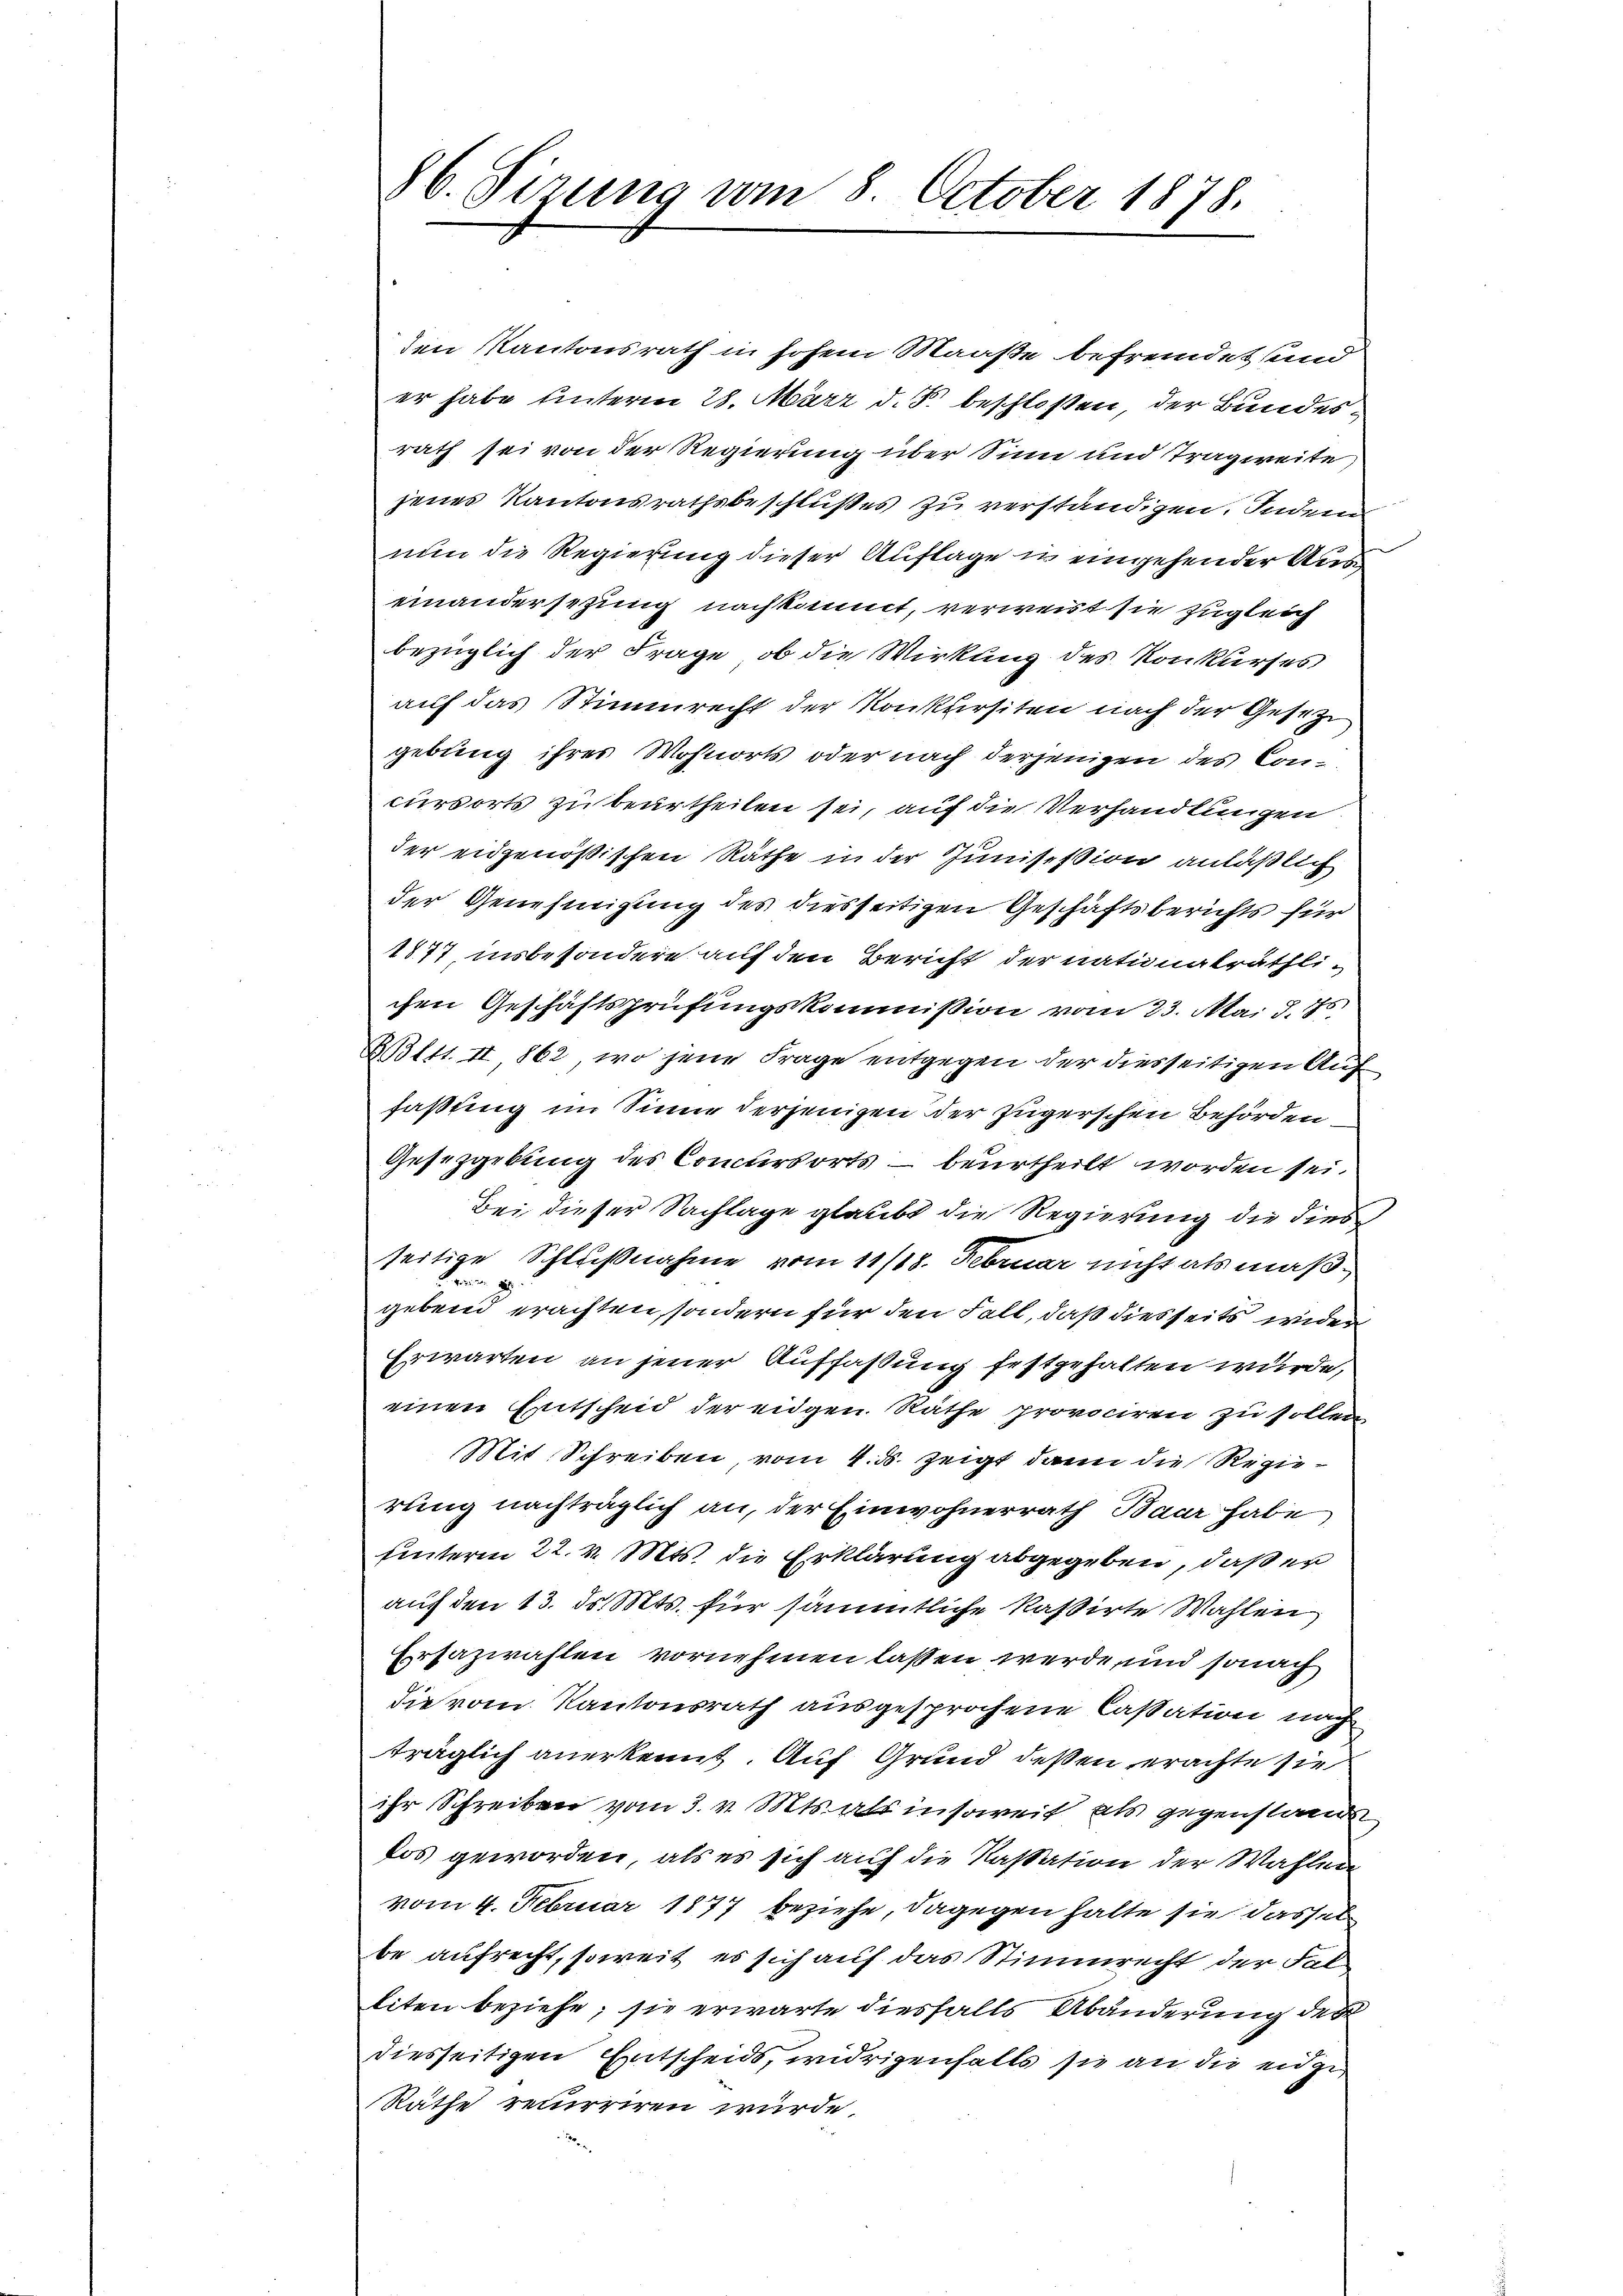
86. Sirung vom 8. October 1878.

den Kantonsrath in hohen Maaße befremdet und
er habe unterm 28. März d. J. beschloßen, der Bundesrath sei von der Regierung über Sinn und Tragweite,
jenes Kantonsrathsbeschlußes zu verständigen. Indem
nun die Regierung dieser Auflage in eingehender Auseinandersetzung nachkommt, verweist sie zugleich
bezüglich der Frage, ob die Wirkung des Konkurses
auf das Stimmrecht der Konkursiten nach der Gesetzt
gebung ihres Wohnorts oder nach derjenigen des Concursorts zu beurtheilen sei, auf die Verhandlungen
der eidgenößischen Räthe in der Junisession anläßlich
der Genehmigung des diesseitigen Geschäftsberichts für
1877 insbesondere auf den Bericht der nationaträthlichen Geschäftsprüfungskommission vom 23. Mai d. Js
BB111. II 862, wo jene Frage entgegen der diesseitigen Auf
faßling im Sinne derjenigen der Zugerschen Behörden,
Gesezgrkung des Concursorts – beurtheilt worden sei.
Bei dieser Sachlage glaubt die Regierung die dies
seitige Schlußnahme vom 11/18. Februar nicht als maß¬
8
gebend erachten, sondern für den Fall, daß diesseits wider
Erwarten an jener Auffaßung festgehalten wurde,
einen Entscheid der eidgen Räthe provociren zu sollen
Mit Schreiben vom 4. ds. zeigt dann die Regierung nachträglich an, der Einwohnerrath Baar habe
uinterm 22. v. Mts. die Erklärung abgegeben, daß er
auf den 13. ds. Mts. für sämmtliche Kassirte Wahlen
Ersazwahlen vornehmen lassen werde, und sonach
die vom Kantonsrath ausgesprochene Cassation nach
träglich anerkennt. Auf Grund deßen erachte sie
ihr Schreiben vom 3. v. Mts. als insoweit als gegenstande
kos geworden, als es sich auf die Kassation der Wahlen
vom 4. Februar 1877 beziehe, dagegen halte sie dassel
be aufrecht, soweit es sich auf das Stimmrecht der Falliten beziehe; sie erwarte diesfalls Abänderung des
diesseitigen Entscheids, widrigenfalls sie an die eidge
Räthe recurriren würde.